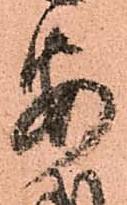
安